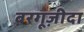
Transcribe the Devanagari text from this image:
बरगूज़ीदा